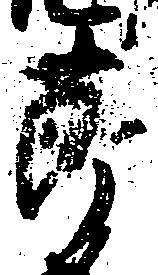
節